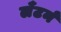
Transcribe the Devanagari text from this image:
लँटर्न